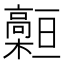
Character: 𩫡